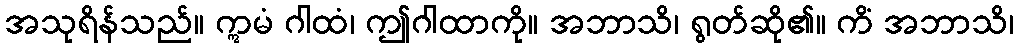
အသုရိန်သည်။ ဣမံ ဂါထံ၊ ဤဂါထာကို။ အဘာသိ၊ ရွတ်ဆို၏။ ကိံ အဘာသိ၊